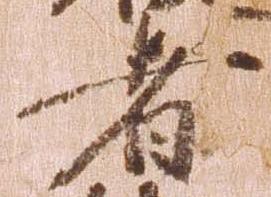
者